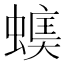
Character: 𧏃